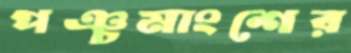
পঞ্চমাংশের